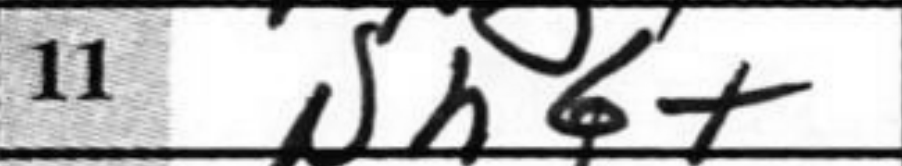
Transcription: Nh6+